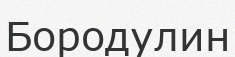
Бородулин